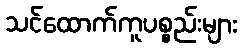
သင်ထောက်ကူပစ္စည်းများ